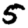
Digit: 5